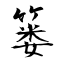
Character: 篓